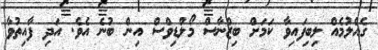
ގެއްލުމެއް ލިބިފައިވާ ކަމަށް ބިޒްނާސް މޯލްޑިވްސް އިން ބުނެ އެވެ. އަދި ފާއިތުވާ